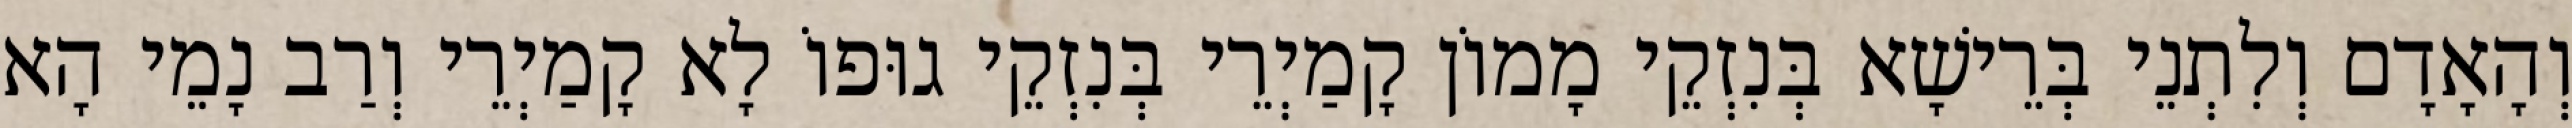
וְהָאָדָם וְלִתְנֵי בְּרֵישָׁא בְּנִזְקֵי מָמוֹן קָמַיְרֵי בְּנִזְקֵי גוּפוֹ לָא קָמַיְרֵי וְרַב נָמֵי הָא